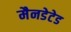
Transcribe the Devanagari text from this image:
मैनडेटेड